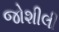
જોશીલી